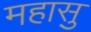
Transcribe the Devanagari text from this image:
महासु